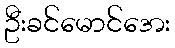
ဦးခင်မောင်အေး